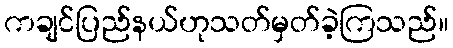
ကချင်ပြည်နယ်ဟုသတ်မှတ်ခဲ့ကြသည်။